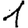
Digit: 1